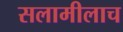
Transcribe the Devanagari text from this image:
सलामीलाच